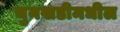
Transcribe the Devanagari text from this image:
चुनखडीमधील